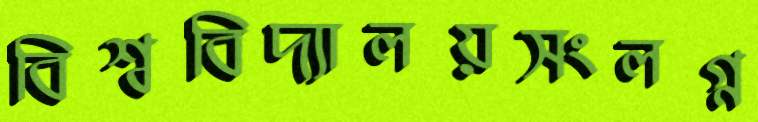
বিশ্ববিদ্যালয়সংলগ্ন